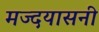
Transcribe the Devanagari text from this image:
मज्दयासनी